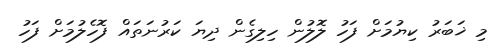
މި ޚަބަރު ކިޔުމަށް ފަހު ލޮލުން ހިލިގެން ދިޔަ ކަރުނަތައް ފޮހެލުމަށް ފަހު